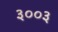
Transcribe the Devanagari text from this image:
३००३